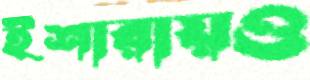
ইশারায়ও